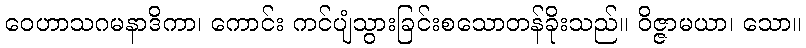
ဝေဟာသဂမနာဒိကာ၊ ကောင်း ကင်ပျံသွားခြင်းစသောတန်ခိုးသည်။ ဝိဇ္ဇာမယာ၊ သော။